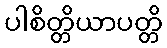
ပါစိတ္တိယာပတ္တိ